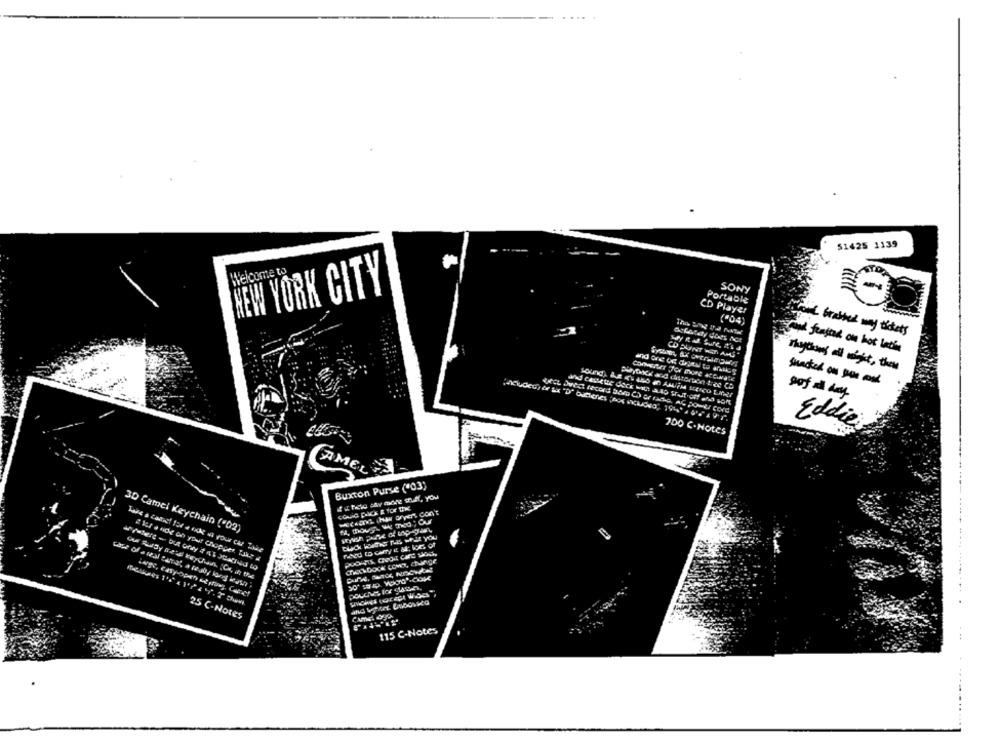
51425 1139
Welcome to
NEW YORK CITY
SONY
Portable
CD Player
("04)
and brassed way tickets
Say it af Sure, it's a
and fenster on hot latin
CD BUONT WEM ANS"
ConERET for more accurate
playonce and distortion tree Co
sundhed on son cd
soUnd) &JE IS ADO In ANUPM STERCO LIVET
Eddie
700 C. Notes
AMEL
Buxton Purse ("03)
west hww drych don't
14, though we Two; Our
3D Camel Keychain ("02)
have a can't fat a exkl va your car Take
a sus ande on your chopper the
25 C-Notes
115 C-Notes